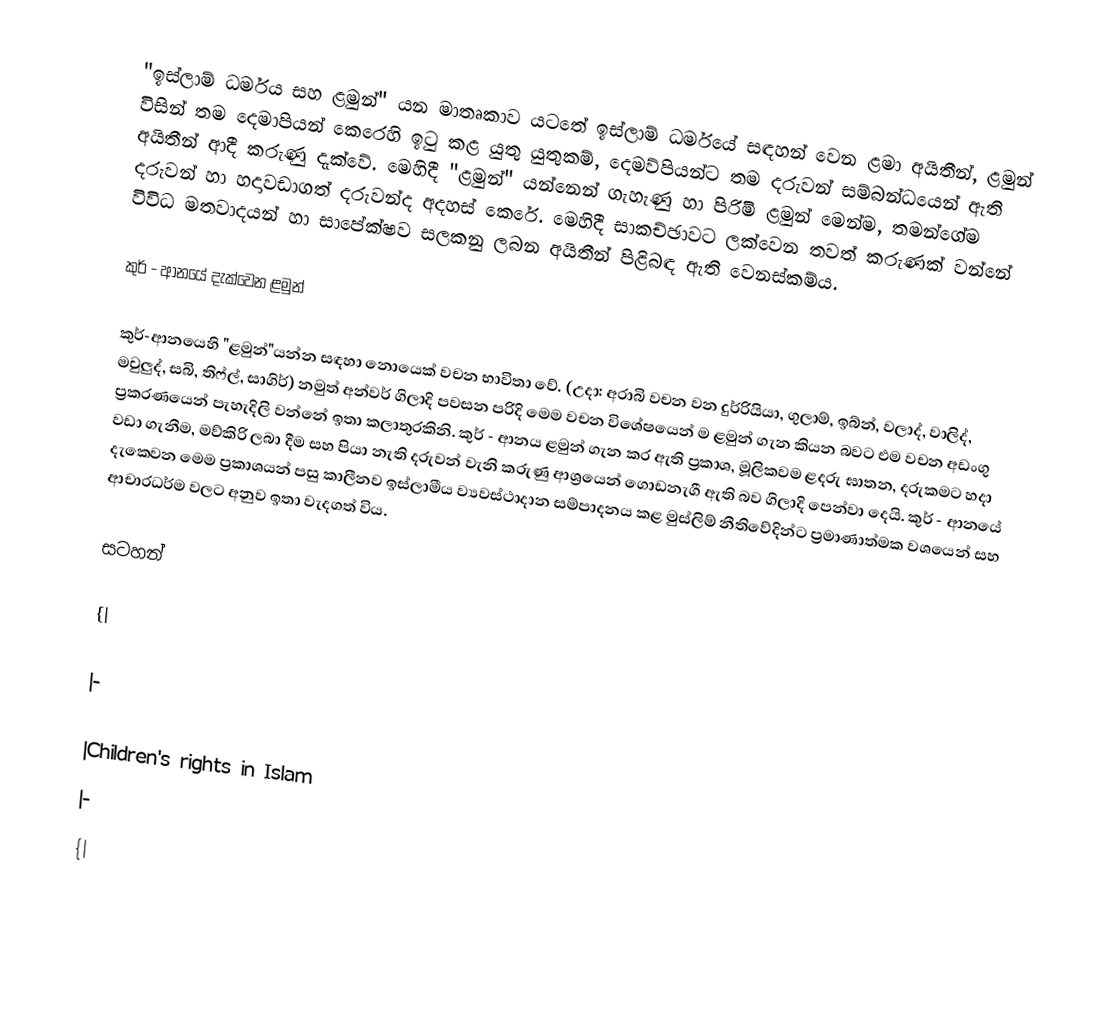
"ඉස්ලාම් ධර්මය සහ ළමුන්" යන මාතෘකාව යටතේ ඉස්ලාම් ධර්මයේ සඳහන් වෙන ළමා අයිතීන්, ළමුන් විසින් තම දෙමාපියන් කෙරෙහි ඉටු කළ යුතු යුතුකම්, දෙමව්පියන්ට තම දරුවන් සම්බන්ධයෙන් ඇති අයිතීන් ආදී කරුණු දැක්වේ. මෙහිදී "ළමුන්" යන්නෙන් ගැහැණු හා පිරිමි ළමුන් මෙන්ම, තමන්ගේම දරුවන් හා හදාවඩාගත් දරුවන්ද අදහස් කෙරේ. මෙහිදී සාකච්ඡාවට ලක්වෙන තවත් කරුණක්  වන්නේ විවිධ මතවාදයන් හා සාපේක්ෂව සලකනු ලබන අයිතීන් පිළිබඳ ඇති වෙනස්කම්ය.

කුර් - ආනයේ දැක්වෙන ළමුන්

කුර්-ආනයෙහි "ළමුන්"යන්න සඳහා නොයෙක් වචන භාවිතා වේ. (උදා: අරාබි වචන වන දුර්රියියා, ගුලාම්, ඉබ්න්, වලාද්, වාලිද්, මවුලුද්, සබි, තිෆ්ල්, සාගිර්) නමුත් අන්වර් ගිලාදි  පවසන පරිදි මෙම වචන විශේෂයෙන් ම ළමුන් ගැන කියන බවට එම වචන අඩංගු ප්‍රකරණයෙන් පැහැදිලි වන්නේ ඉතා කලාතුරකිනි. කුර් - ආනය ළමුන් ගැන කර ඇති ප්‍රකාශ, මූලිකවම ළදරු ඝාතන, දරුකමට හදා වඩා ගැනීම, මව්කිරි ලබා දීම සහ පියා නැති දරුවන් වැනි කරුණු ආශ්‍රයෙන් ගොඩනැගී ඇති බව ගිලාදි පෙන්වා දෙයි. කුර් - ආනයේ දැක‍්වෙන මෙම ප්‍රකාශයන් පසු කාලීනව ඉස්ලාමීය ව්‍යවස්ථාදාන සම්පාදනය කළ මුස්ලිම් නීතිවේදින්ට ප්‍රමාණාත්මක වශයෙන් සහ ආචාරධර්ම වලට අනුව ඉතා වැදගත් විය.

සටහන්

{|

|-

|Children's rights in Islam
|-
{|